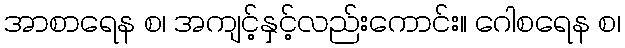
အာစာရေန စ၊ အကျင့်နှင့်လည်းကောင်း။ ဂေါစရေန စ၊